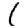
Digit: 1